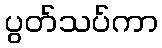
ပွတ်သပ်ကာ